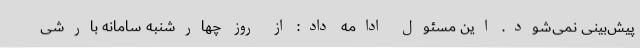
پیش‌بینی نمی‌شود. این مسئول ادامه داد: از روز چهارشنبه سامانه بارشی